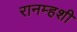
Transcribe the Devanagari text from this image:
रानम्हशी